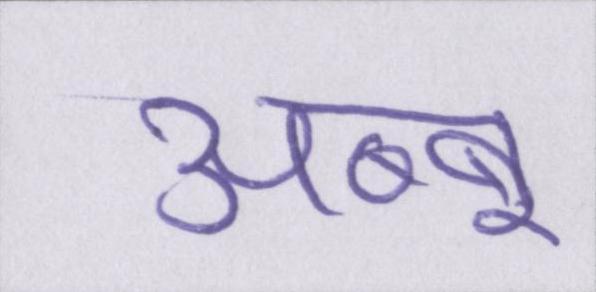
अब्बू